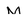
Character: M